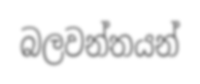
බලවන්තයන්